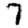
Digit: 7